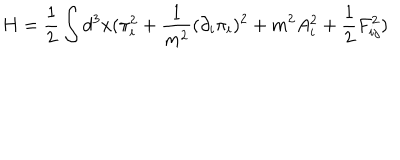
LaTeX: H = \frac { 1 } { 2 } \int d ^ { 3 } x ( \pi _ { i } ^ { 2 } + \frac { 1 } { m ^ { 2 } } ( \partial _ { i } \pi _ { i } ) ^ { 2 } + m ^ { 2 } A _ { i } ^ { 2 } + \frac { 1 } { 2 } F _ { i j } ^ { 2 } ) \nonumber